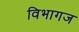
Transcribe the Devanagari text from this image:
विभागज